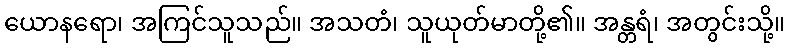
ယောနရော၊ အကြင်သူသည်။ အသတံ၊ သူယုတ်မာတို့၏။ အန္တရံ၊ အတွင်းသို့။